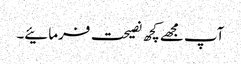
آپ مجھے کچھ نصیحت فرمائیے۔